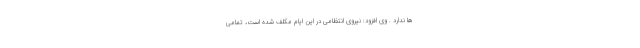
ها ندارد . وی افزود: نیروی انتظامی در این ایام مکلف شده است، تمامی